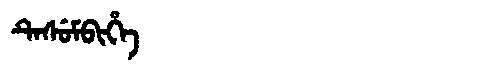
Manchu: ᡨᡝᠰᡠᠮᠪᡳᡥᡝ
Romanization: TESUMBIHE